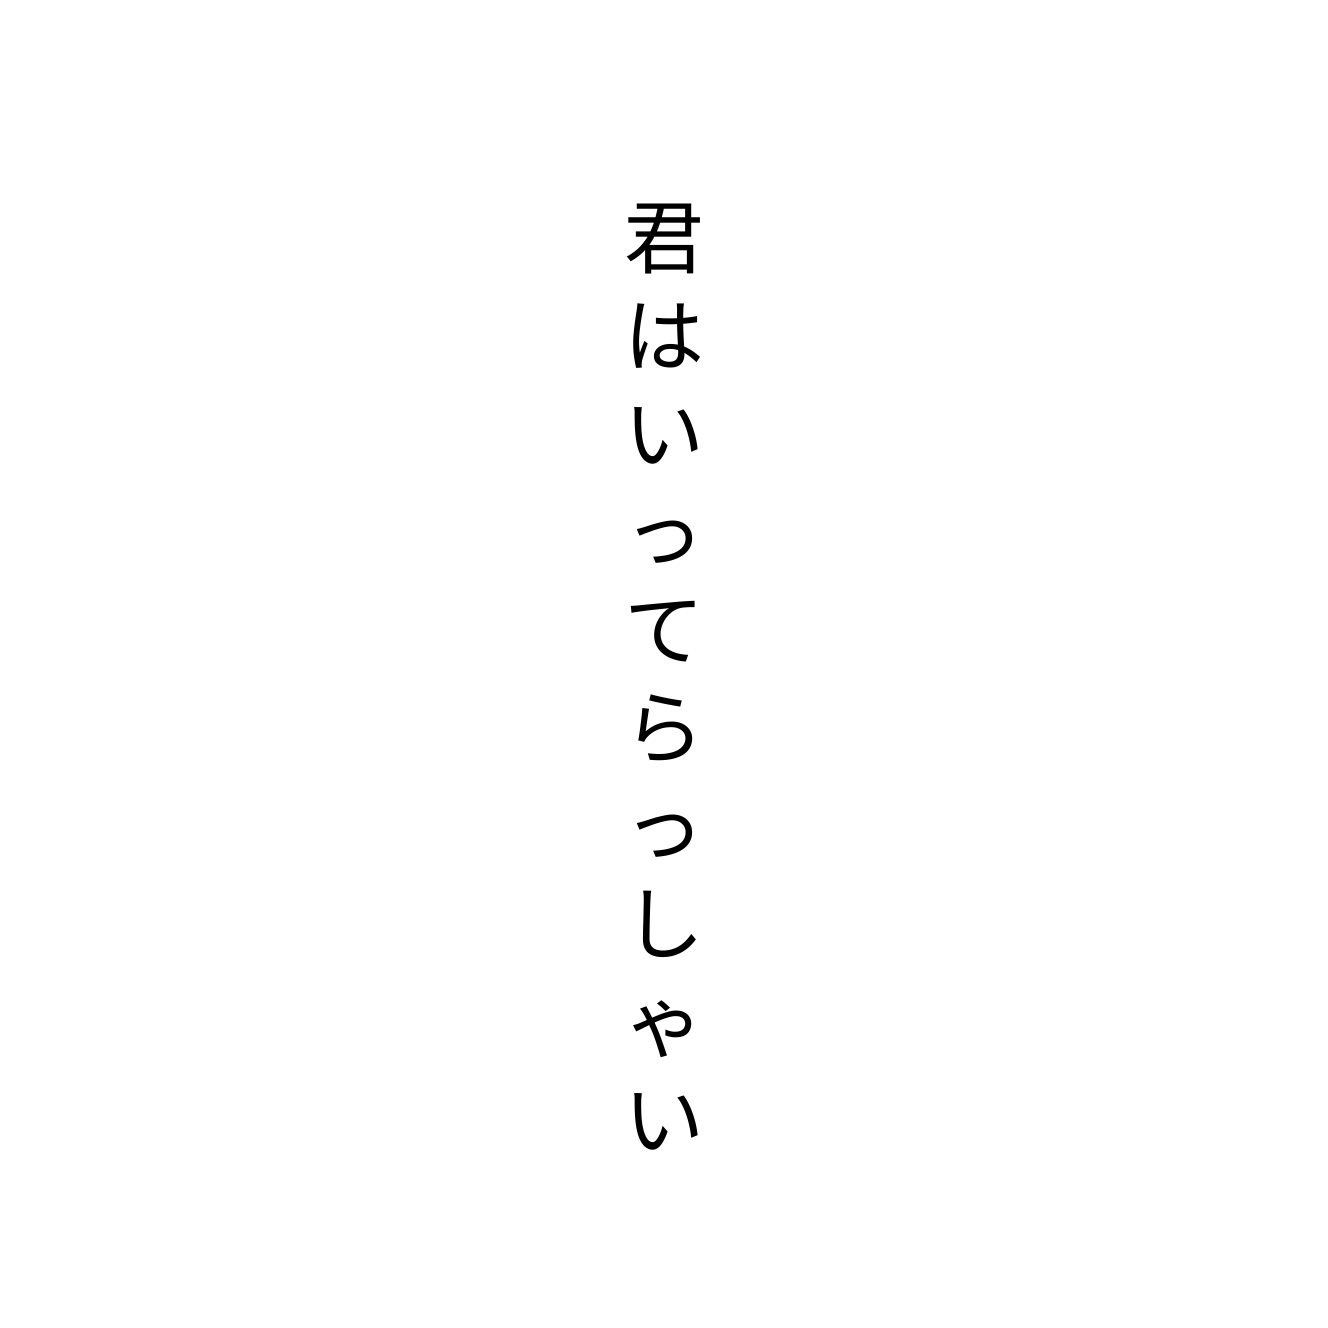
君はいってらっしゃい